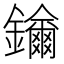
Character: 𨯡